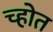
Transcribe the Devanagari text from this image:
च्होत